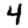
Digit: 4